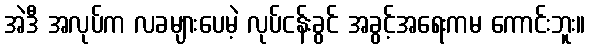
အဲဒီ အလုပ်က လခများပေမဲ့ လုပ်ငန်းခွင် အခွင့်အရေးကမ ကောင်းဘူး။